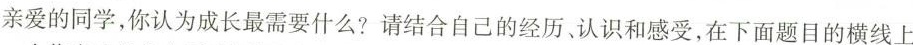
亲爱的同学，你认为成长最需要什么?请结合自己的经历、认识和感受，在下面题目的横线上